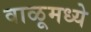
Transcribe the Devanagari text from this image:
वाळूमध्ये